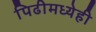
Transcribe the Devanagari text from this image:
पिढीमध्येही